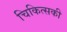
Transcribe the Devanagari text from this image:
चिकित्सकी